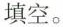
填空.